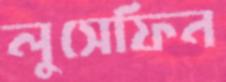
লুসেফিন